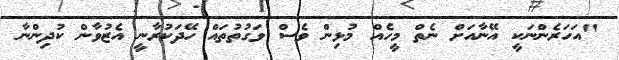
"އަހަރެންނަކީ އޭނާއަށް ނެތް މީހެއް މުޅިން ވެސް ވަގުތުތައް ހޭދަކުރާނީ އެޒުވާން ކުދިންނާ